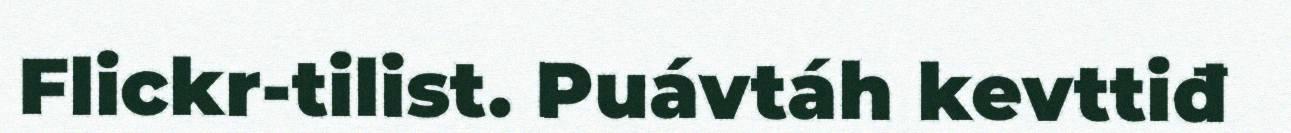
Flickr-tilist. Puávtáh kevttiđ